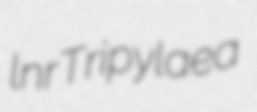
lnr Tripylaea